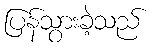
ပြန်သွားခဲ့သည်